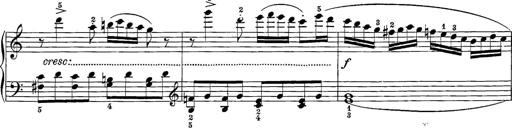
Title: 12 Sonatine per Pianoforte
Composer: Friedrich Kuhlau